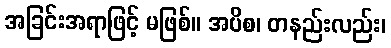
အခြင်းအရာဖြင့် မဖြစ်။ အပိစ၊ တနည်းလည်း၊